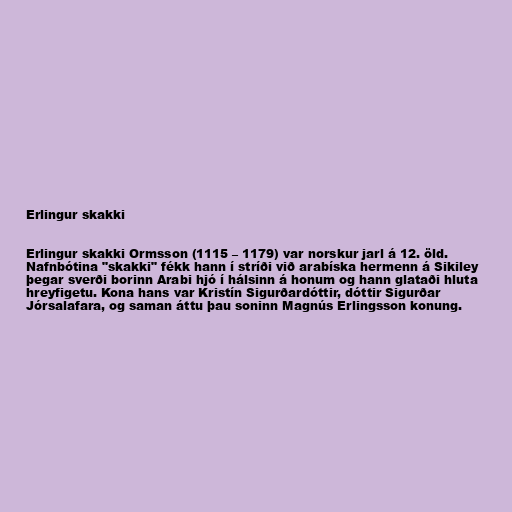
Erlingur skakki

Erlingur skakki Ormsson (1115 – 1179) var norskur jarl á 12. öld.
Nafnbótina "skakki" fékk hann í stríði við arabíska hermenn á Sikiley
þegar sverði borinn Arabi hjó í hálsinn á honum og hann glataði hluta
hreyfigetu. Kona hans var Kristín Sigurðardóttir, dóttir Sigurðar
Jórsalafara, og saman áttu þau soninn Magnús Erlingsson konung.